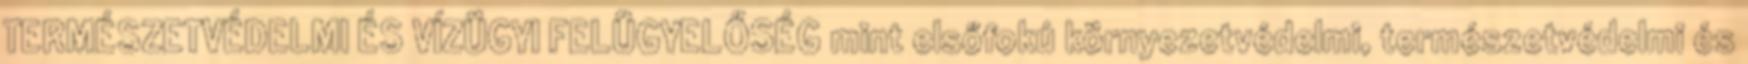
TERMÉSZETVÉDELMI ÉS VÍZÜGYI FELÜGYELŐSÉG mint elsőfokú környezetvédelmi, természetvédelmi és